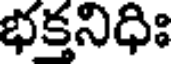
భక్తనిధిః